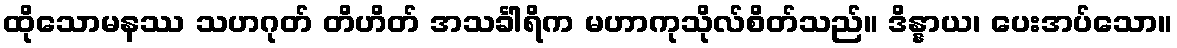
ထိုသောမနဿ သဟဂုတ် တိဟိတ် အသင်္ခါရိက မဟာကုသိုလ်စိတ်သည်။ ဒိန္နာယ၊ ပေးအပ်သော။